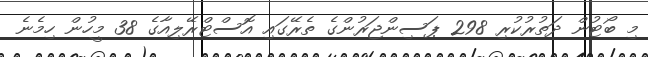
މި ބޯޓުން ދަތުރުކުރި 298 ޕަސިންޖަރުންގެ ތެރޭގައި އޮސްޓްރޭލިއާގެ 38 މީހުން ހިމެނެ